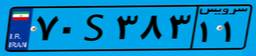
۴۱S۹۳۸۷۱